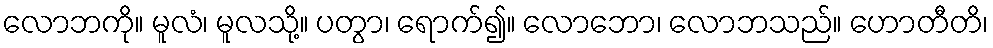
လောဘကို။ မူလံ၊ မူလသို့။ ပတွာ၊ ရောက်၍။ လောဘော၊ လောဘသည်။ ဟောတီတိ၊